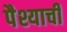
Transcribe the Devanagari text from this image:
पैश्याची